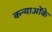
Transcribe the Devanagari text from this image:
कन्याओंके